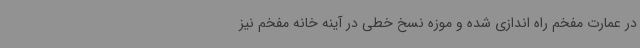
در عمارت مفخم راه اندازی شده و موزه نسخ خطی در آینه خانه مفخم نیز